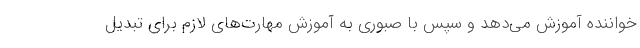
خواننده آموزش می‌دهد و سپس با صبوری به آموزش مهارت‌های لازم برای تبدیل